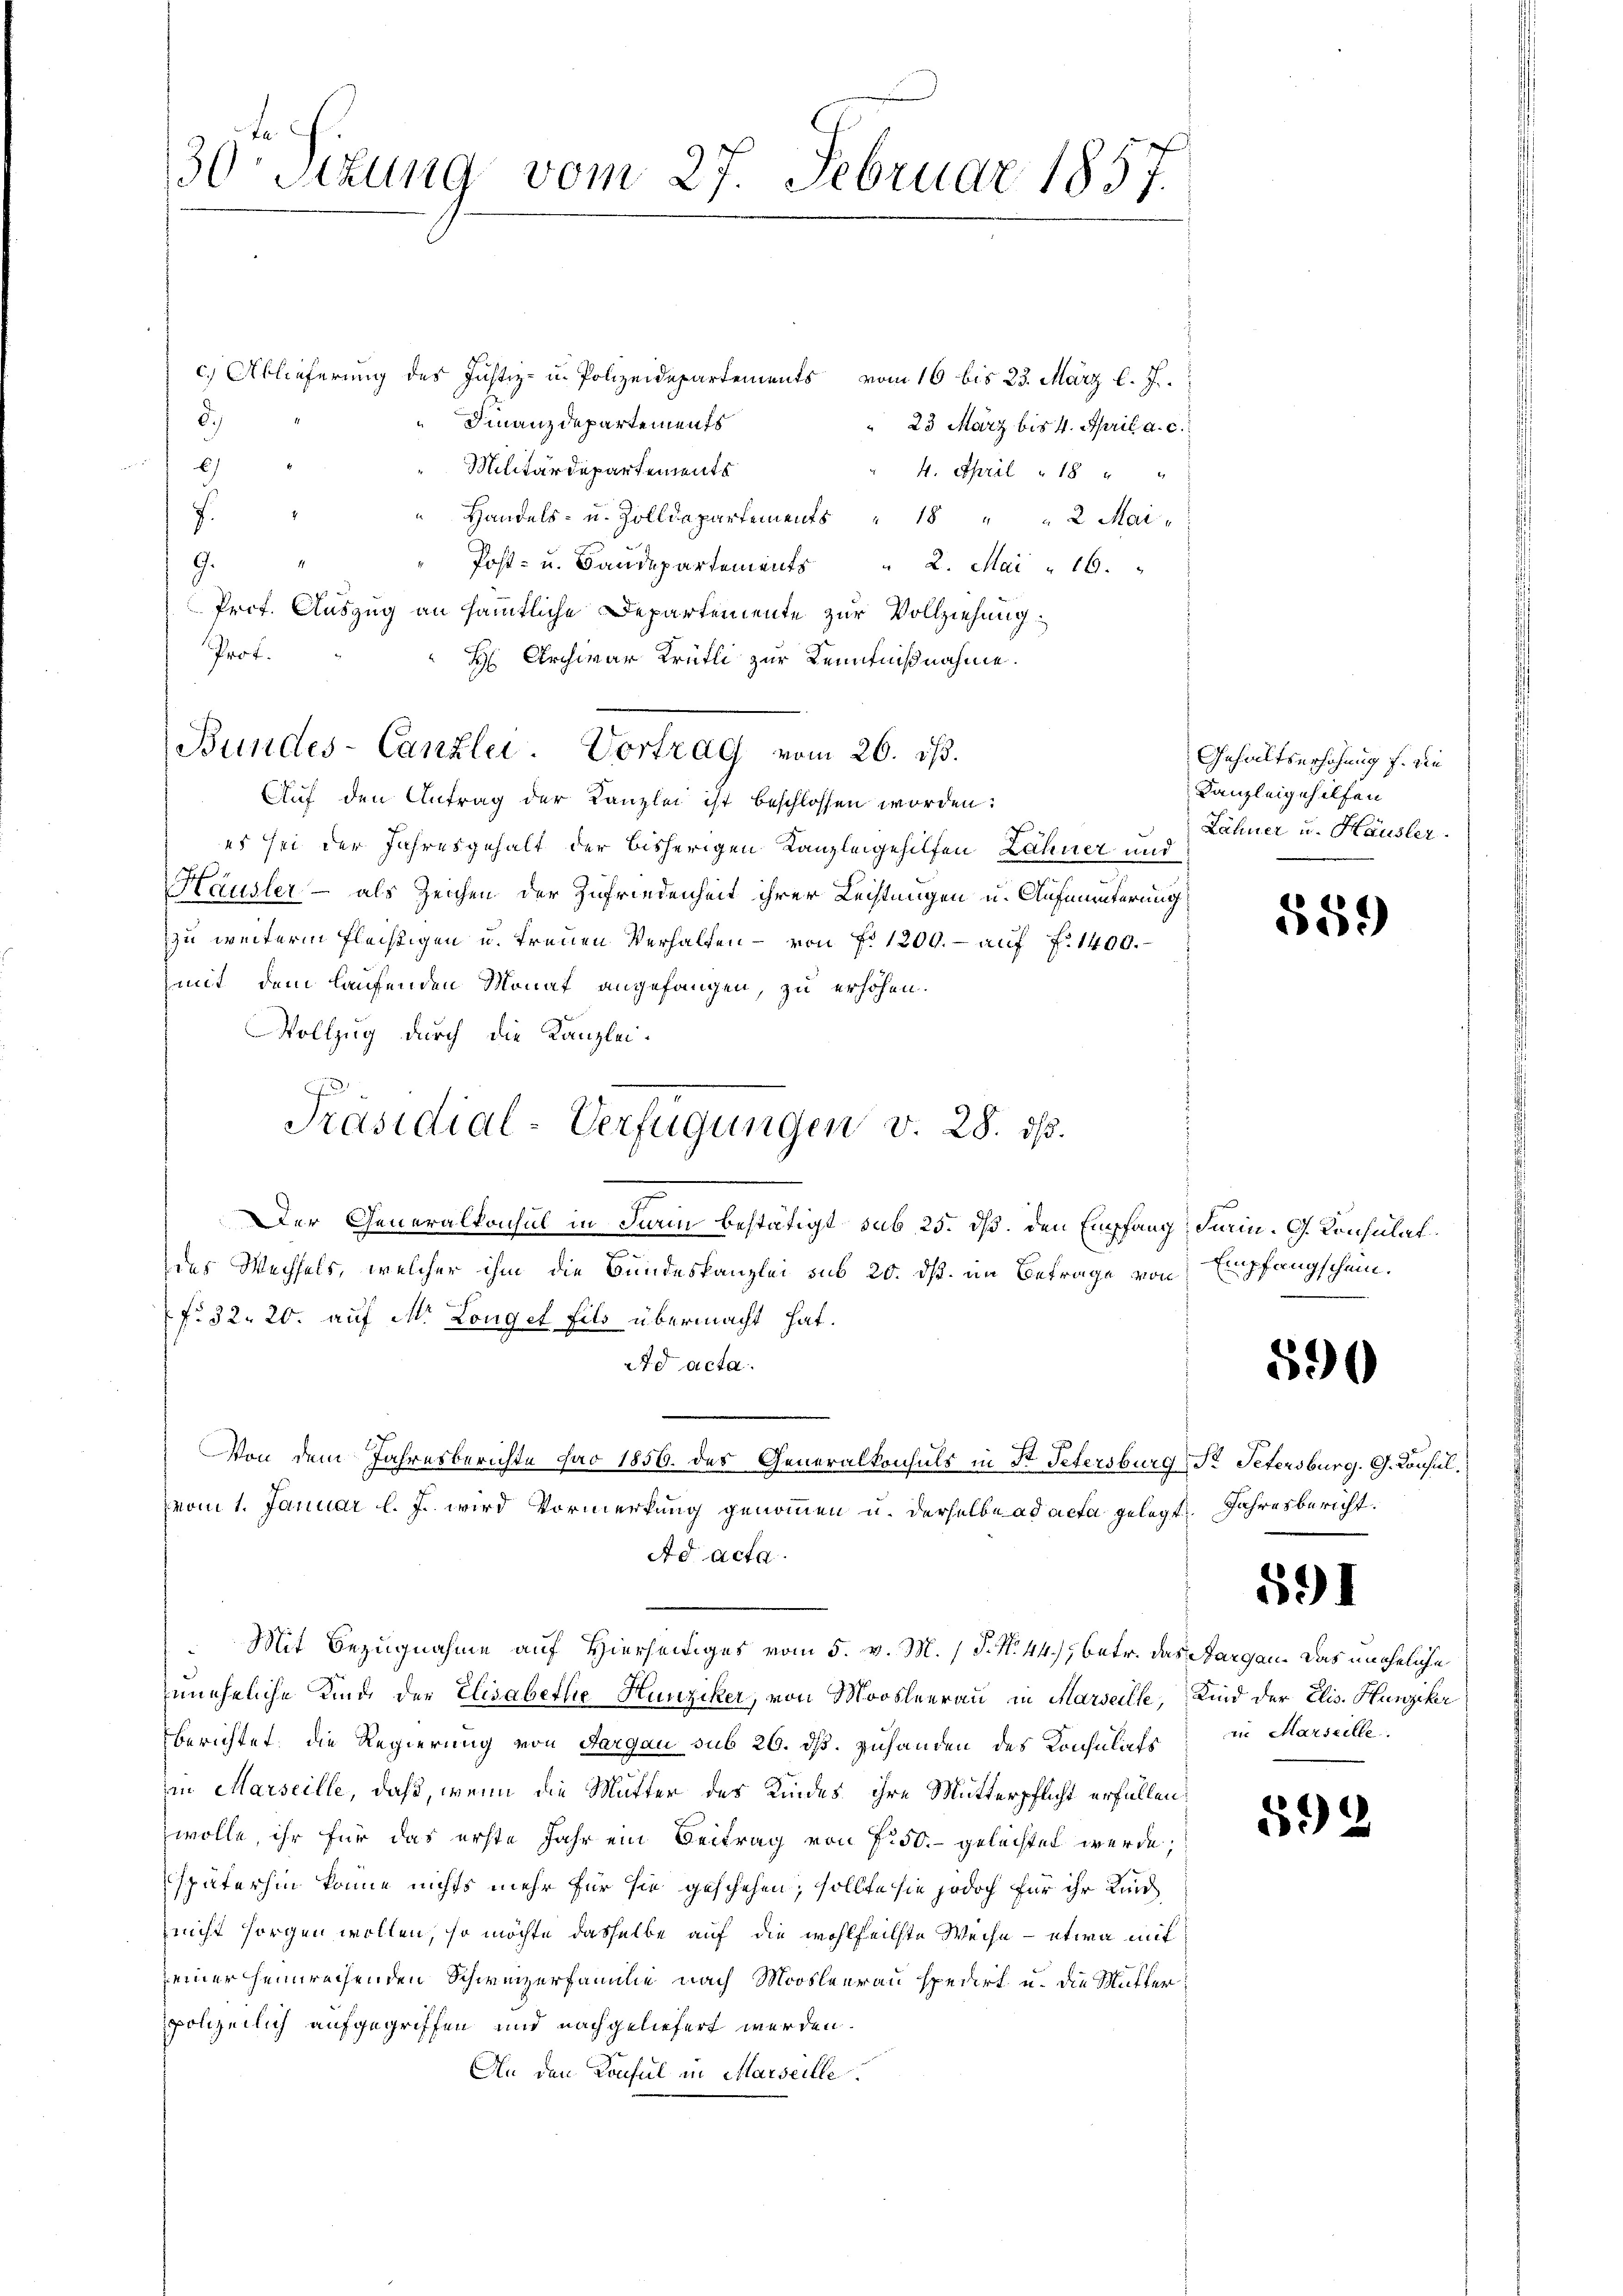
30 Sitzung vom 27. Februar 1857.

c.) Ablieferung des Justiz- u. Polizeidepartements vom 16 bis 23. März l. J.
d.)
Finanzdepartements
23 März bis 4. April a. c.

Militärdepartements
4. Spril 18 " "
u Handels- u. Zolldepartements " 18 " " 2 Mai¬
.
1
Post- u. Baudepartements " 2. Mai " 16.
9.
Prof. Auszug an sämmtliche Departemente zur Vollziehung
Prof.
H Archivar Krütli zur Kenntnißnahme.
Bundes-Canzlei Vortrag vom 26. ds.
Auf den Antrag der Kanzlei ist beschlossen worden:
es sei der Jahresgehalt der bisherigen Kanzleigehilfen Zähner und
Hausler - als Zeichen der Zufriedenheit ihrer Lechtungen u. Aufmunterung
zu weiterm Flechtigen u. treuen Verhalten - von Fr. 1200.- auf fl. 1400.
mit dem laufenden Monat angefangen, zu erhöhen.
Vollzug durch die Kanzlei¬
.
Der Generalkonsul in darin bestätigt sub 25. dß. den Empfang Furin. G. Konsulat
des Wechsels, welcher ihm die Bundeskanzlei sub 20. ds. im Betrage von
f: 32. 20. auf M. Longet fils übermacht hat.
2d acta.
Von dem Jahresberichte par 1856. des Generalkonsuls in St. Petersburg, Dr. Petersburg. G. Consulvom 1. Januar l. J. wird Vormerkung genommen u. derselbe ad acta gelegt. Jahresbericht
Ad Acta
Mit Bezugnahme auf Hierseitiges vom 5. v. M. 1 S. N. 44), betr. das Aargau. Das uneheliche
uneheliche Kinde der Elisabethe Hunziker, von Moosleerau in Marseille, Kind der Elis. Hunziker
berichtet, die Regierung von Aargau sub 26. dß. Zuhanden des Konsuliefs in Marseille
in Marseille, daß, wenn die Mutter des Kindes ihre Mutterpflicht erfallen,
wolle, ihr für das erste Jahr ein Beitrag von f. 50.- gelachtet werde,
späterhin könne nichts mehr für sie geschehen, sollte sie jedoch für ihr Kind
nicht sorgen wollen, so möchte dasselbe auf die wohlfeilste Weise - etwa mit
seiner heimrechenden Schweizerfamilie nach Moosleerau spedirt u. die Mutter
polizeilich aufgegriffen und nachgeliefert werden.
An den Konsul in Marseille

Präsidial-Verfügungen v. 28. ds.

Gehaltserhöhung f. die
Kanzleigehilfen
Lähner u. Häusler.

Empfangschein.

559

590

59

592